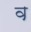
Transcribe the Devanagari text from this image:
व